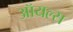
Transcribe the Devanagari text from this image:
ऑयल्स